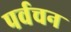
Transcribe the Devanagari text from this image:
पर्वचन